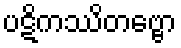
ပဋိကဿိတဗ္ဗော